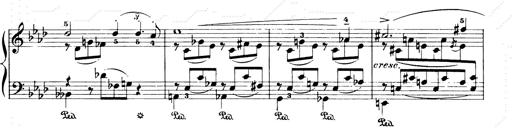
Title: Consolations and LiebestrÃ¤ume for the Piano
Composer: Franz Liszt